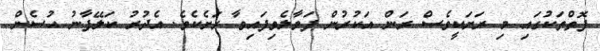
ފޮތްތަކުގައި މި ރަށަކީވެސް ރަން އަކުރުން ފަވާލެވިފައިވާ ރަށެކެވެ. އެދުރު ކަލޭފާނު ޙުސެން